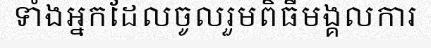
ទាំងអ្នកដែលចូលរួមពិធីមង្គលការ